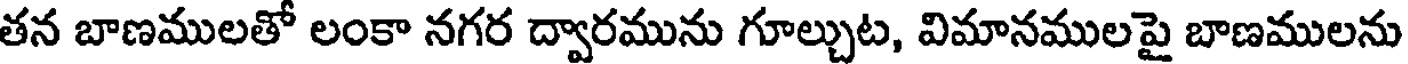
తన బాణములతో లంకా నగర ద్వారమును గూల్చుట, విమానములపై బాణములను